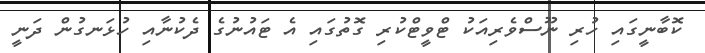
ކޮބާނީގައި ހުރި ނޫސްވެރިއަކު ޓްވީޓްކުރި ގޮތުގައި އެ ޓައުނުގެ ދެކުނާއި ހުޅަނގުން ދަނީ